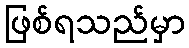
ဖြစ်ရသည်မှာ